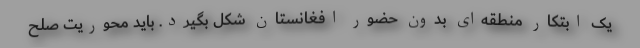
یک ابتکار منطقه‌ای بدون حضور افغانستان شکل بگیرد. باید محوریت صلح